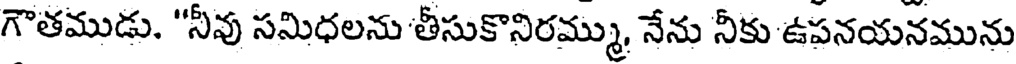
గౌతముడు. "నీవు సమిధలను తీసుకొనిరమ్ము, నేను నీకు ఉపనయనమును